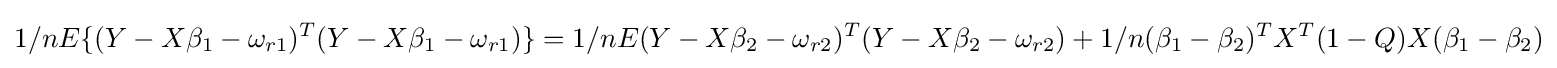
1/nE\{(Y-X\beta _{1}-\omega _{r1})^{T}(Y-X\beta _{1}-\omega _{r1})\}=1/nE{(Y-X\beta _{2}-\omega _{r2})^{T}(Y-X\beta _{2}-\omega _{r2})}+1/n(\beta _{1}-\beta _{2})^{T}X^{T}(1-Q)X(\beta _{1}-\beta _{2})